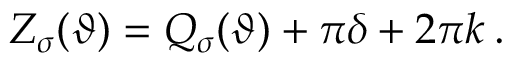
Z _ { \sigma } ( \vartheta ) = { \cal Q } _ { \sigma } ( \vartheta ) + \pi \delta + 2 \pi k \: .